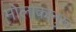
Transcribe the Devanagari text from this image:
मोलाकानुरू